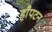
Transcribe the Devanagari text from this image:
हाँपटन